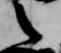
之